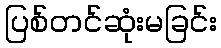
ပြစ်တင်ဆုံးမခြင်း